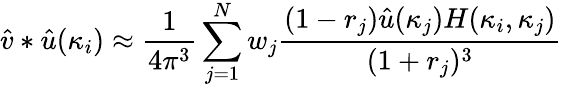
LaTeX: \hat{v}\ast\hat{u}(\kappa_{i})\approx\frac 1{4\pi^{3}}\sum_{j=1}^{N}w_{j}\frac{(1-r_{j})\hat{u}(\kappa_{j})H(\kappa_{i},\kappa_{j})}{(1+r_{j})^{3}}